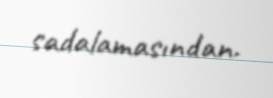
sadalamasından.